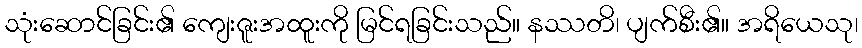
သုံးဆောင်ခြင်း၏ ကျေးဇူးအထူးကို မြင်ရခြင်းသည်။ နဿတိ၊ ပျက်စီး၏။ အရိယေသု၊